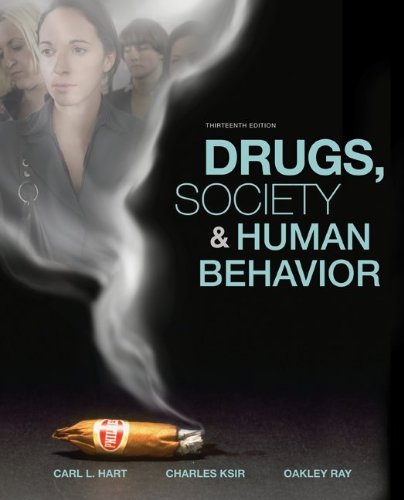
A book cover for Drugs, Society, and Human Behavior; Carl Hart; Health, Fitness & Dieting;